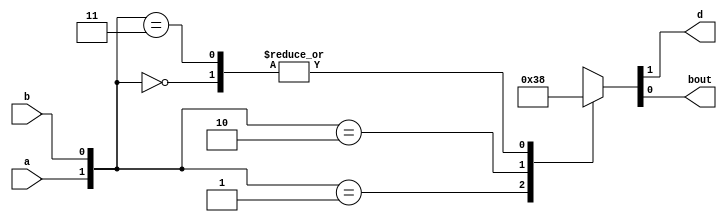

module hs_case(a,b,d,bout
    );
	 input a,b;
	 output reg d,bout;
	 always @(*)
	  begin 
	    case({a,b})
		  2'b00:{d,bout}=2'b00;
		  2'b01:{d,bout}=2'b11;
		  2'b10:{d,bout}=2'b10;
		  2'b11:{d,bout}=2'b00;
		 endcase
	  end

endmodule
module hs_case_tb;

	// Inputs
	reg a;
	reg b;

	// Outputs
	wire d;
	wire bout;

	// Instantiate the Design  Under Test (DUT)
	hs_case dut (a,b,d,bout
	);

	initial begin
		// Initialize Inputs
		{a,b}=2'b00;#20;
		{a,b}=2'b01;#20;
		{a,b}=2'b10;#20;
		{a,b}=2'b11;#20;

	end
      
endmodule